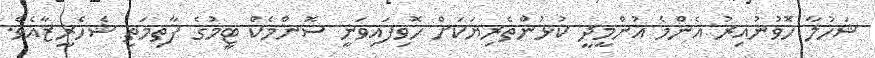
ޝަހުލާ ހޮވުނުއިރު އެންމެ އުންމީދީ ކުޅުންތެރިޔަކަށް ހޮވިފައިވަނީ ސޮންމެކް ޓީމުގެ ފާތިމަތި ޝެހެރީޒާއެވެ.